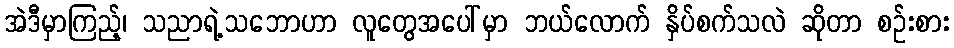
အဲဒီမှာကြည့်၊ သညာရဲ့သဘောဟာ လူတွေအပေါ်မှာ ဘယ်လောက် နှိပ်စက်သလဲ ဆိုတာ စဉ်းစား